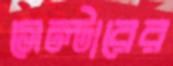
সেল্টারের